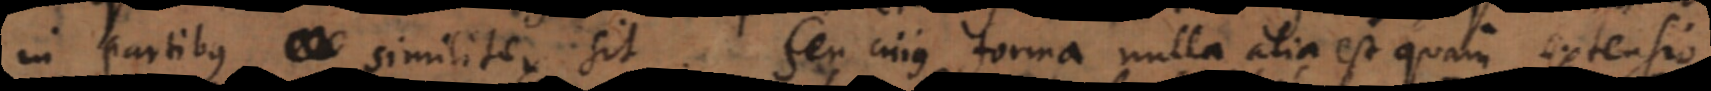
in partibus similiter sit. Seu cujus forma nulla alia est quam extensio.